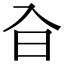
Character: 㒲